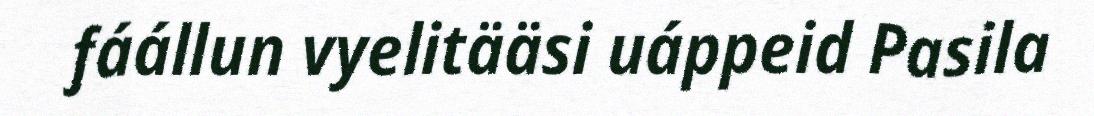
fáállun vyelitääsi uáppeid Pasila